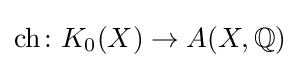
\mathrm {ch} \colon K_{0}(X)\to A(X,\mathbb {Q} )